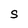
Character: S